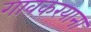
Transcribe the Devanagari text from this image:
गावकरयाना